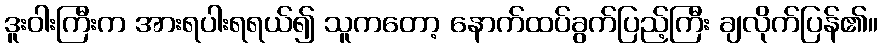
ဒူးဝါးကြီးက အားရပါးရရယ်၍ သူကတော့ နောက်ထပ်ခွက်ပြည့်ကြီး ချလိုက်ပြန်၏။